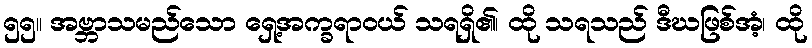
၅၅။ အဗ္ဘာသမည်သော ရှေ့အက္ခရာဝယ် သရရှိ၏၊ ထို သရသည် ဒီဃဖြစ်အံ့၊ ထို